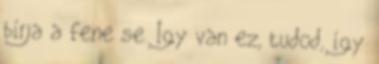
bírja a fene se. Így van ez, tudod, így